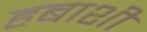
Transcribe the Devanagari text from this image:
हबाशी